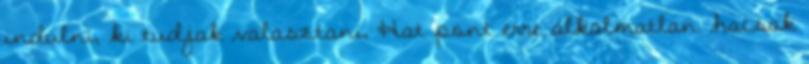
indulni, ki tudjak valasztani, Hat pont erre alkalmatlan. hacsak